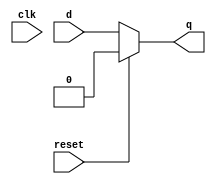
module bad_latch (input clk , input reset , input d , output reg q);
always @ (clk,reset)
begin
	if(reset)
		q <= 1'b0;
	else 
		q <= d;
end
endmodule